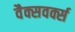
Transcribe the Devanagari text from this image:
वैक्सवर्क्स